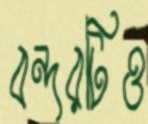
বন্দরটিও